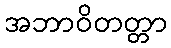
အဘာဝိတတ္တာ